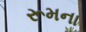
રૂમના